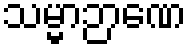
သမ္မာဉာဏေ